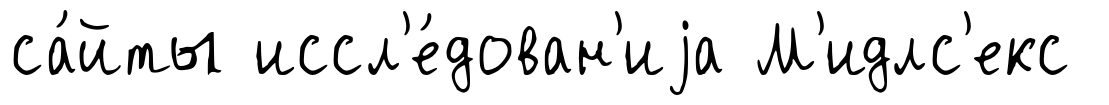
са́йты иссл'е́дован'иjа М'идлс'екс